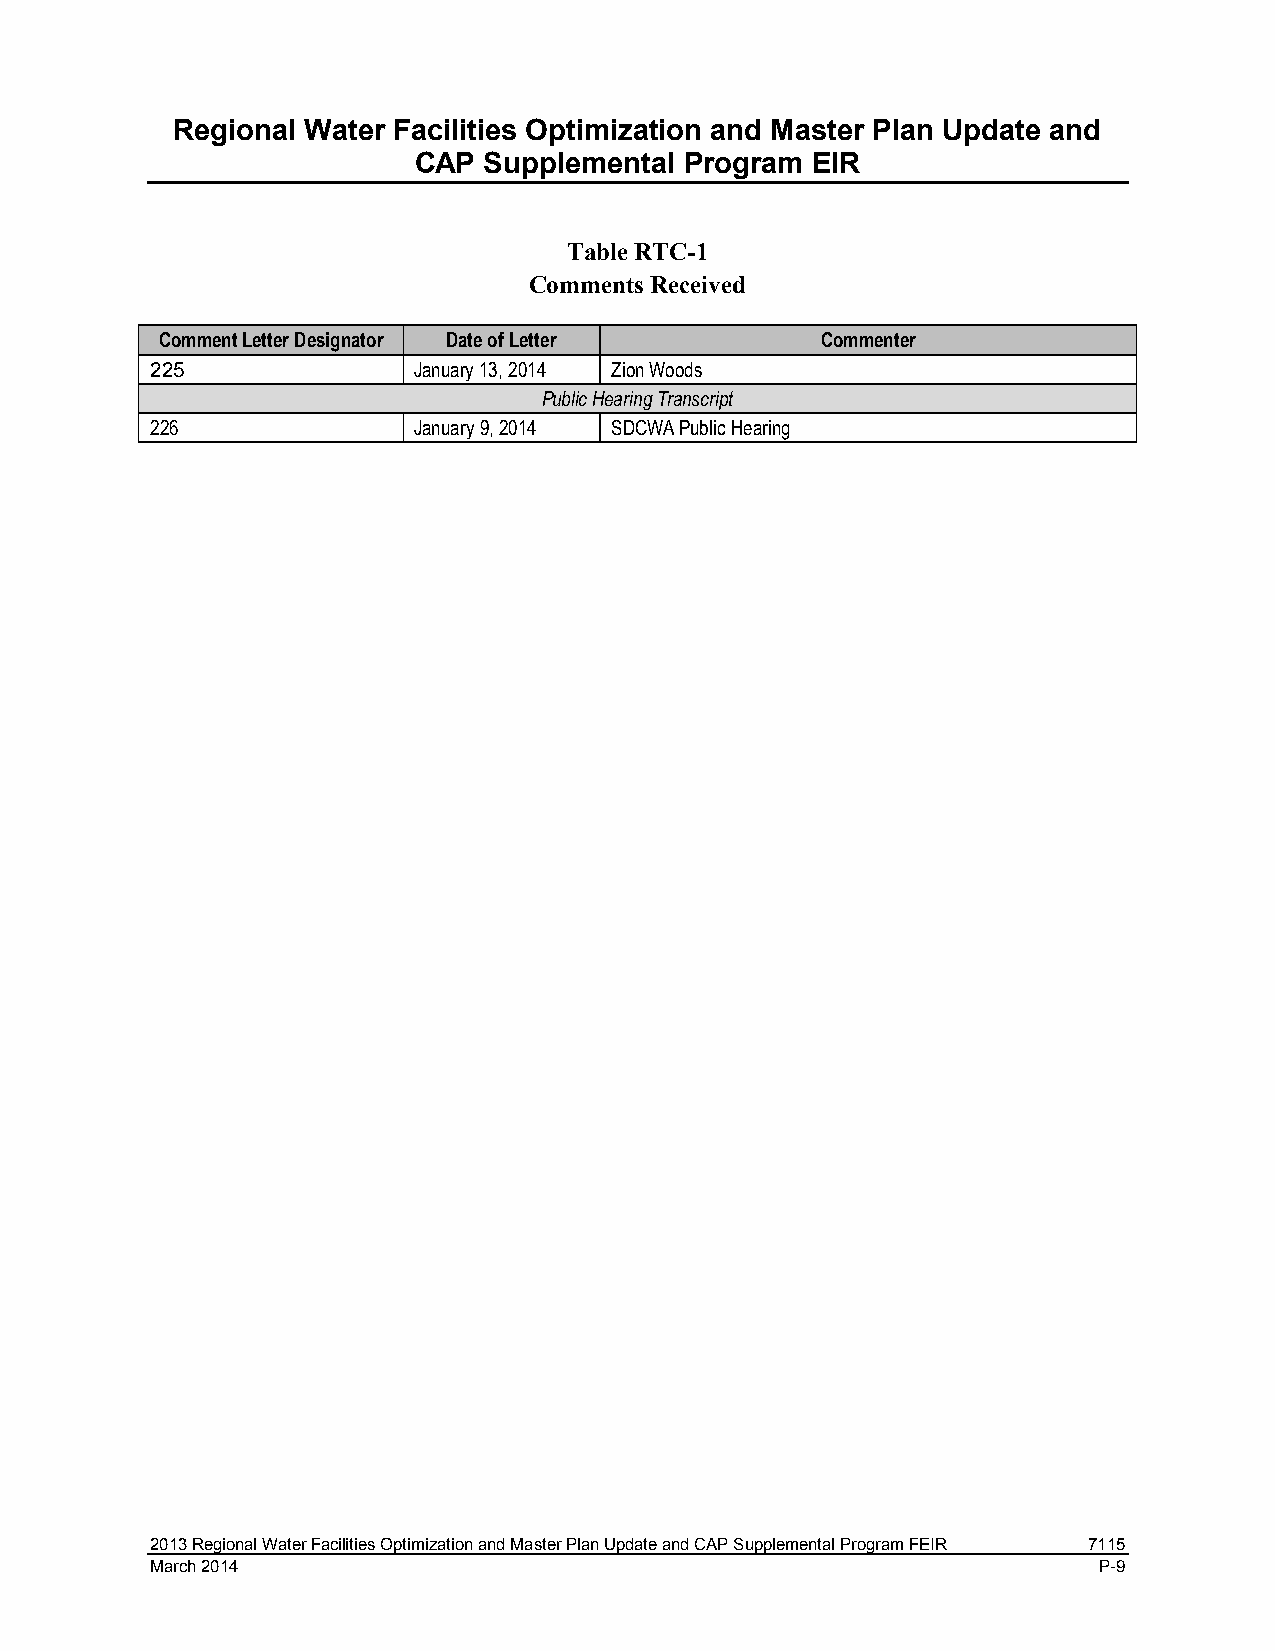
Regional Water Facilities Optimization and Master Plan Update and
 CAP  Supplemental Program  EIR
 Table RTC-1
 Comments Received
 Comment Letter Designator Date of Letter    Commenter
 225              January 13, 2014 Zion Woods
 Public Hearing Transcript
 226              January 9, 2014 SDCWA Public Hearing
 2013 Regional Water Facilities Optimization and Master Plan Update and CAP Supplemental Program FEIR 7115
 March 2014                                                     P-9